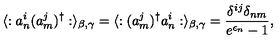
\langle : a _ { n } ^ { i } ( a _ { m } ^ { j } ) ^ { \dagger } : \rangle _ { \beta , \gamma } = \langle : ( a _ { m } ^ { j } ) ^ { \dagger } a _ { n } ^ { i } : \rangle _ { \beta , \gamma } = \frac { \delta ^ { i j } \delta _ { n m } } { e ^ { \epsilon _ { n } } - 1 } ,